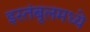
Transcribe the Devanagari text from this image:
इस्तंबूलमध्ये